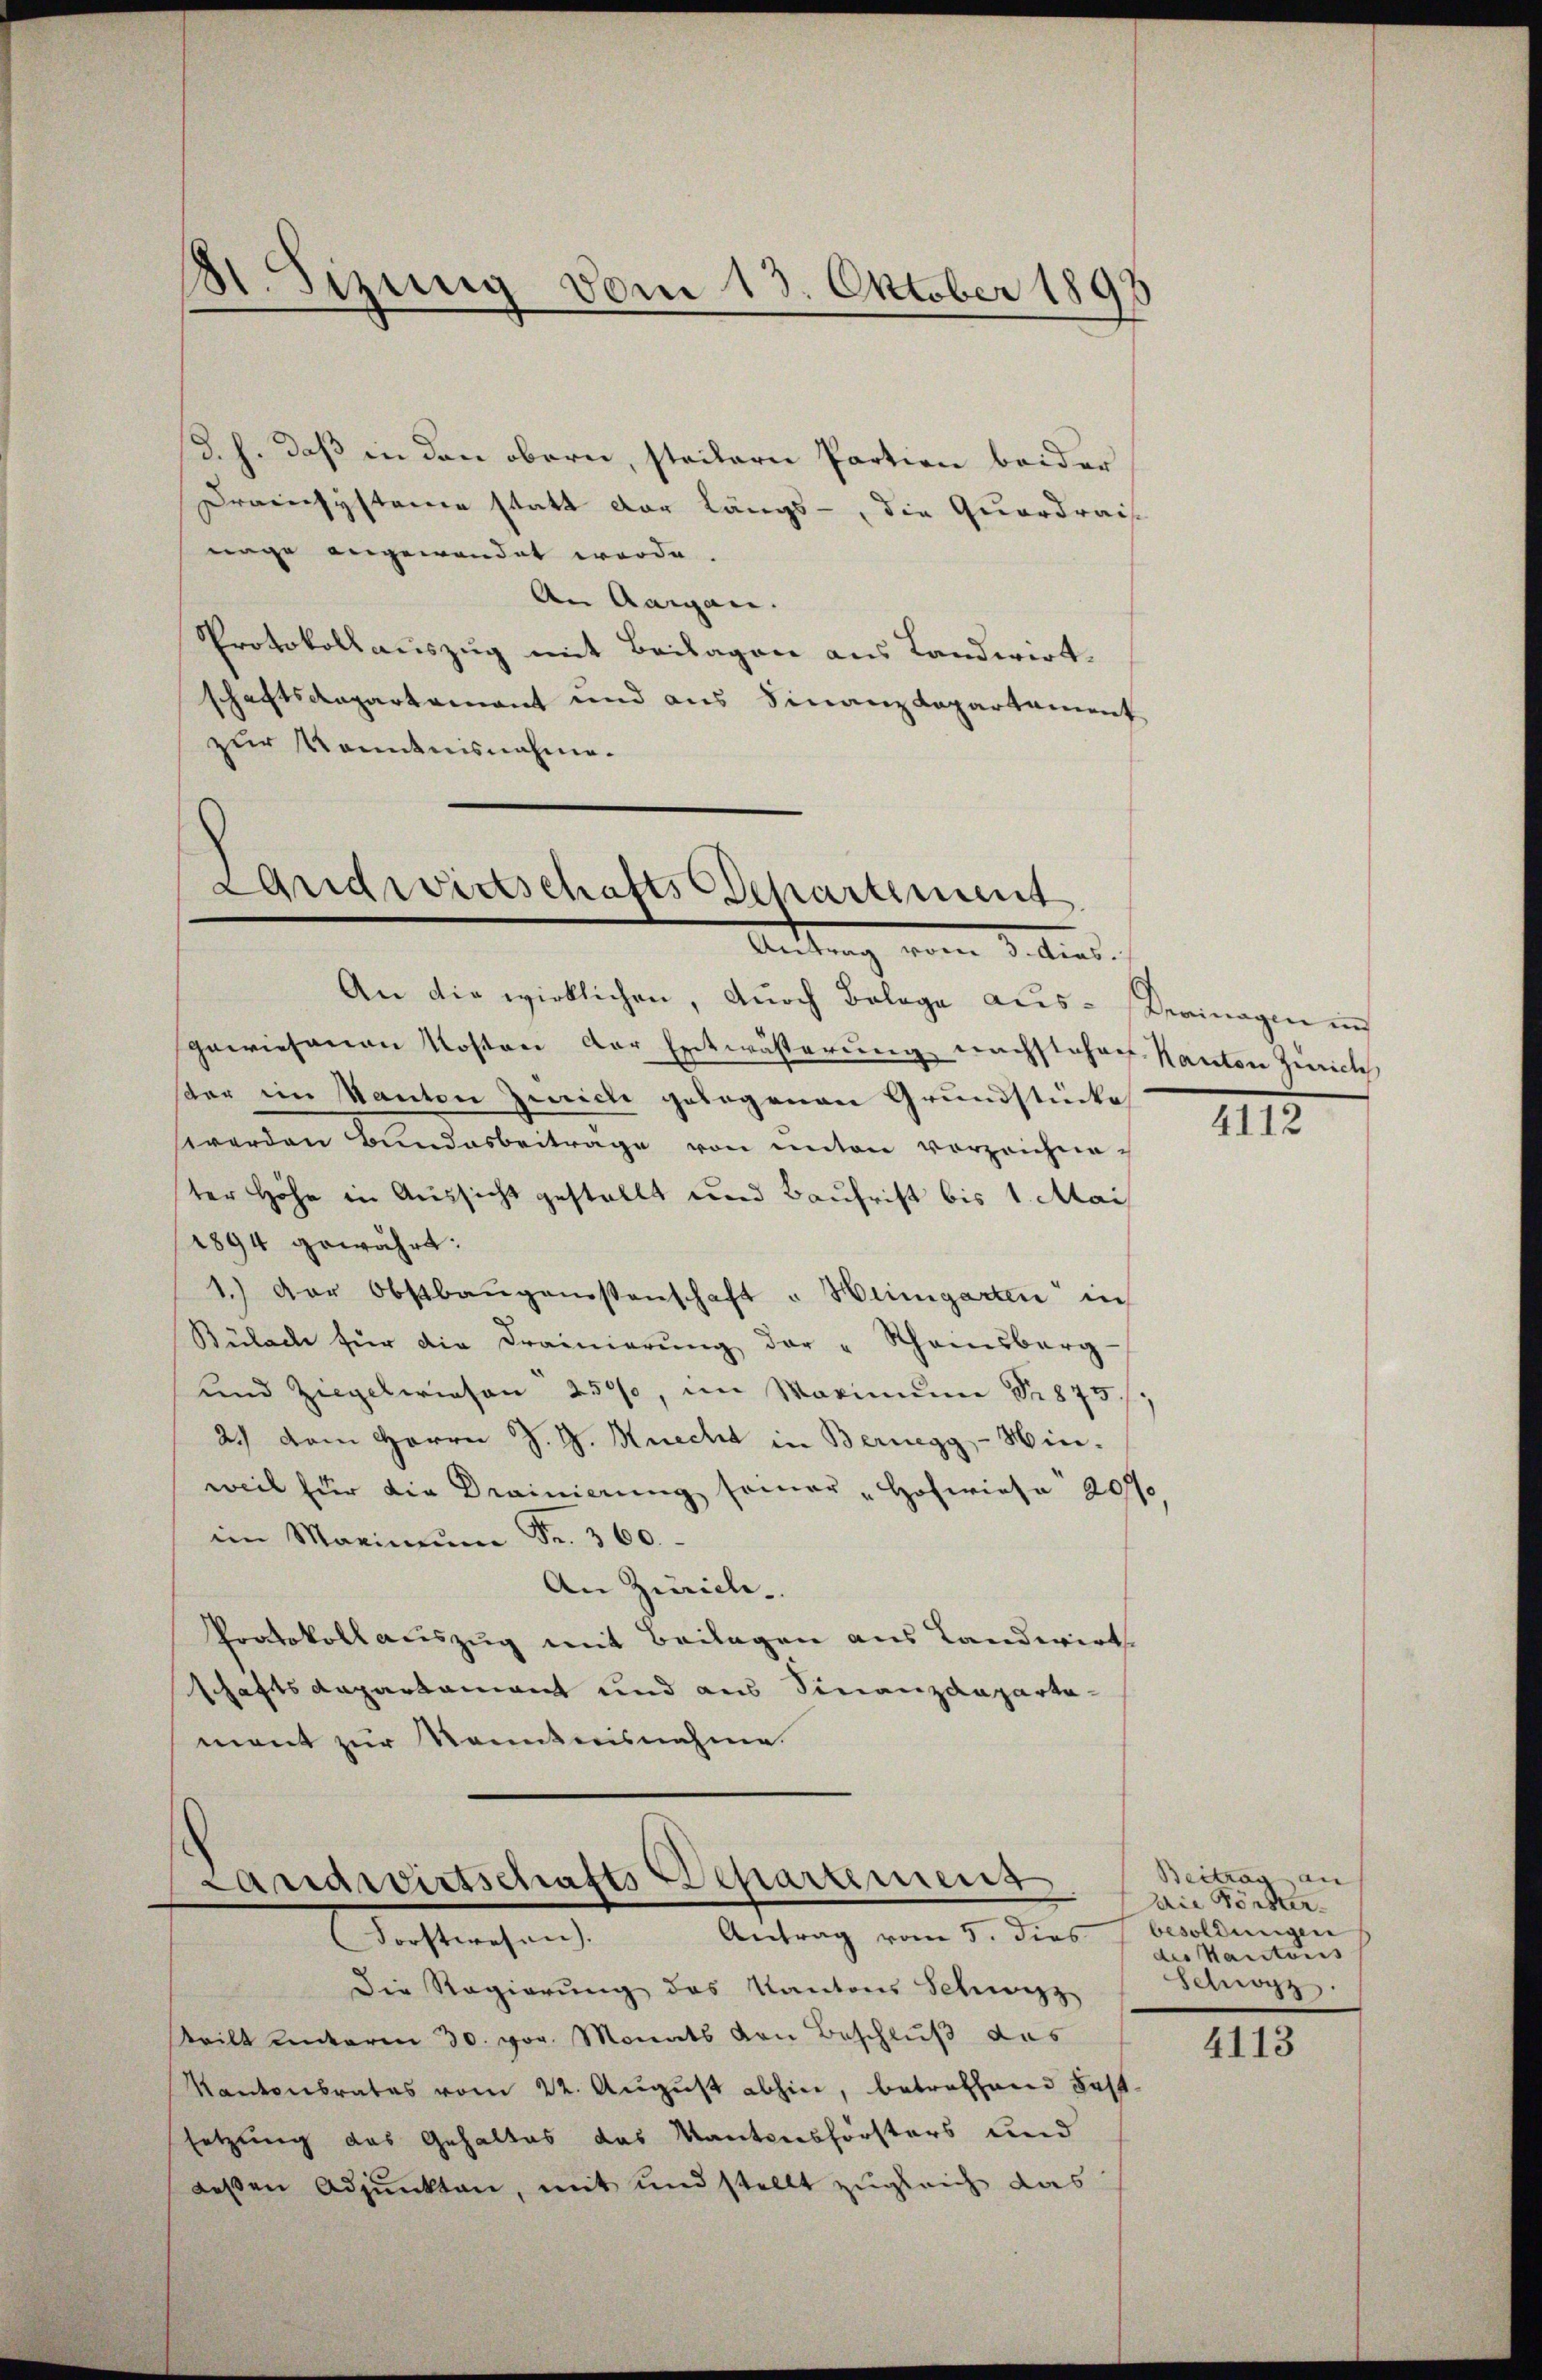
St. Sizung vom 13. Oktober 1898

d. h. daß in den obern, steilern Partien beider
Draensystemen statt der Längs -, die Quardrais
nage angewendet werde.
An Aargau.
Protokollauszug mit Beilagen aus Landwirtschaftsdepartement und aus Finanzdepartament
zur Kenntnisnahme.

Landwirtschafts-Departement
Andtung vom 3. lieb.

An die wirklichen, durch Belage aus-Verinagen in
gewiesenen Kosten der Entwästerung nachstehen Kanton Zürich
ster im Kanton Zeiche gelegenen Grundstücke
werden Bundesbeiträge von unten vorzeichneter Höhe in Aussicht gestellt und Baufrist bis 1. Mai
1894 gewährt:
1.) Der Obstbaŭgenossenschaft u Heinigerten in
Bülach für die Drainierŭng der "Scheinsberg-
und Ziegelwiesen 2500, im Maximum Nr. 875.
2.) Dem Herrn J. G. Knecht in Bernegg - Hin-
weil für die Drainierŭng seiner „Hofwiese 200
im Maximŭm Fr. 360.
An Zürich.
Protokoll auszug mit Beilagen aus Landwirt
schaftsdepartament und aus Finanzdeparta-
ment zur Kenntnisnahme.

Landwirtschafts-Departement
Antrag vom 5. dies
Forstwesen.

Die Regierung des Kantons Schwyz
teilt unterm 30. vor. Monats von Beschluß des
Kantonsrates vom 22. August abhin, betreffend Fast
setzung das Gehaltes das Kantonsförsters und
deßen Adjunkten, mit und stellt zugleich das

4112

Beitrag an
Die Gönster.
besoldungen
des Kantons
Schwyz

4113